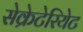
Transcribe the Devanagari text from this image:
सेक्रेटेरियेट